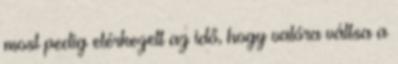
most pedig elérkezett az idő, hogy valóra váltsa a